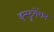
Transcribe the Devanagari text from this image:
इन्‍स्ट्रूमेंशन